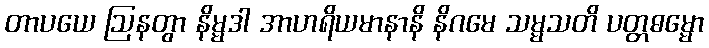
တာပယေ ဩနတွာ နိမ္မဒါ အာဟရိယမာနာနိ နိဂမေ သမ္မသတိ ပတ္တဓမ္မော